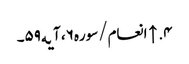
۴. ↑ انعام/سوره۶، آیه۵۹۔